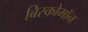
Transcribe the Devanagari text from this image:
बिस्कोमॉन